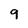
Character: 9